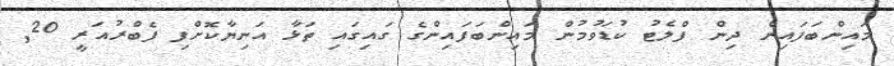
މައިންބަފައިން ދިން ފްލެޓު ކުޑަވުމުން މައިންބަފައިންގެ ގައިގައި ތަޅާ އަނިޔާކޮށްފި ފެބްރުއަރީ 20